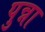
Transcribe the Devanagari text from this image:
पुन्ना